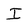
Character: I